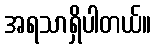
အရသာရှိပါတယ်။